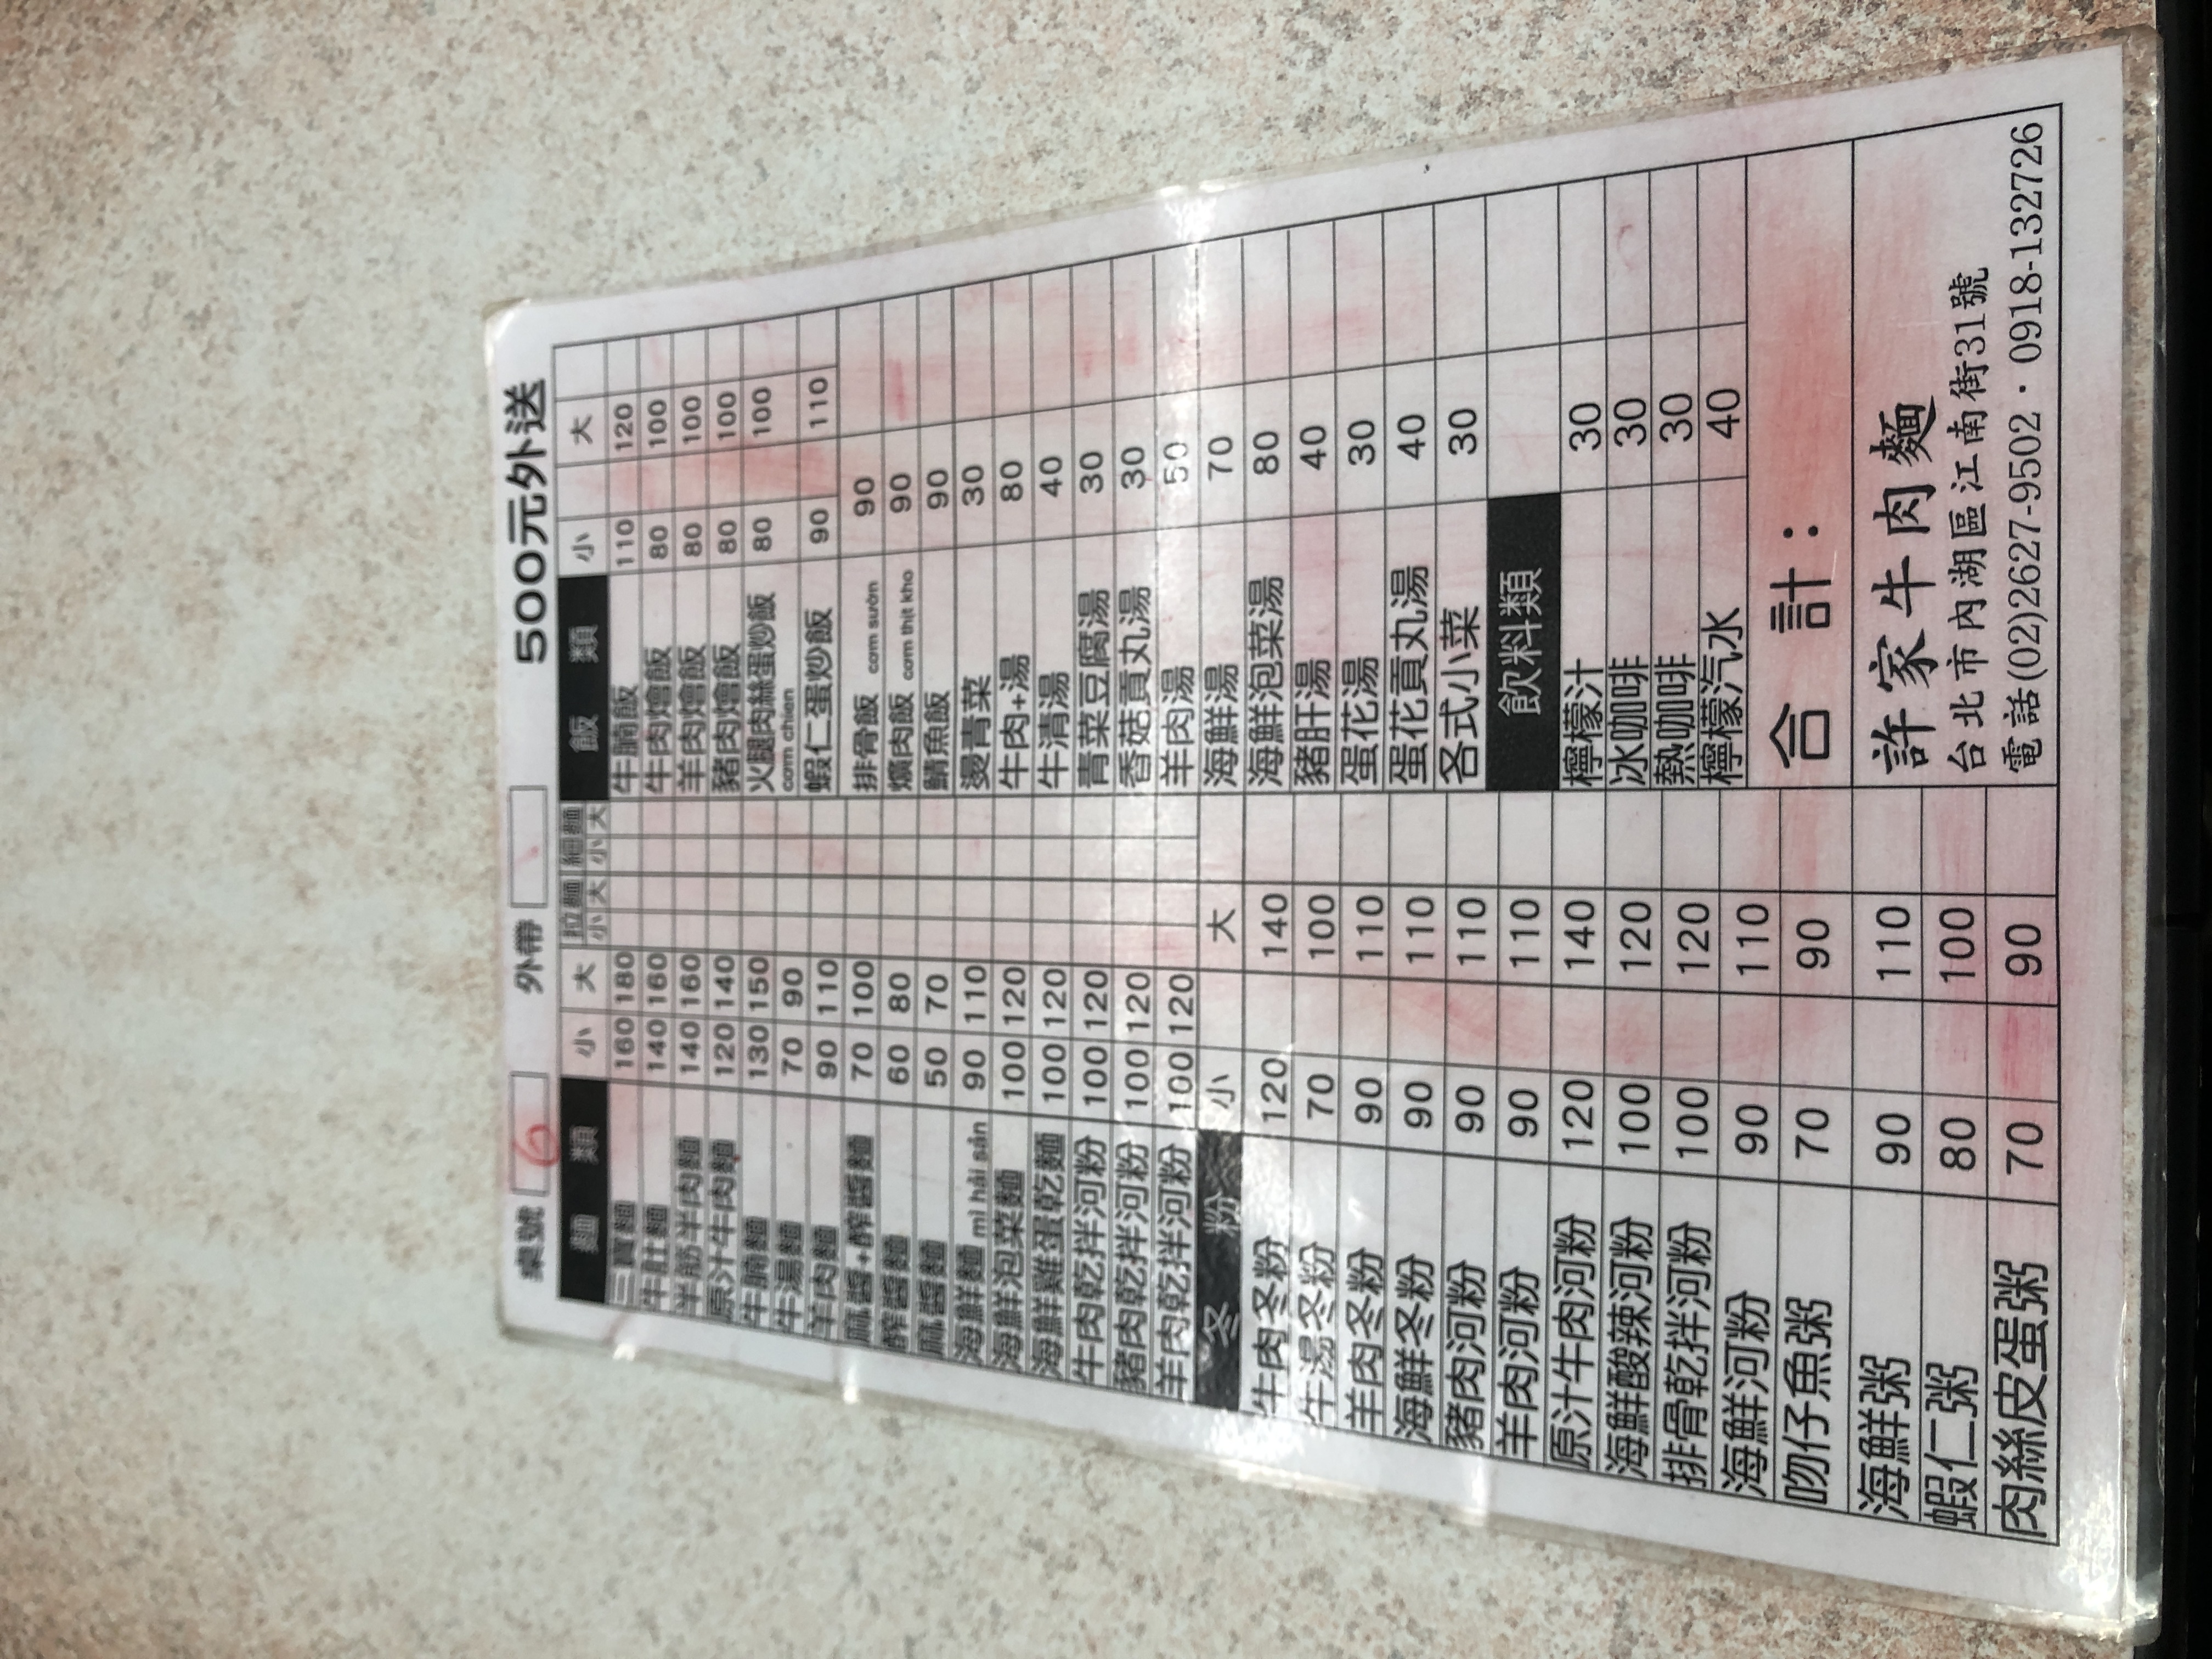
餐廳：許家牛肉麵
地址：台北市內湖區江南街31號
電話：(02)2627-9502, 0918-132726
菜單：
name: 三寶麵 (小)
price: 160
name: 三寶麵 (大)
price: 180
name: 牛肚麵 (小)
price: 140
name: 牛肚麵 (大)
price: 160
name: 牛筋麵 (小)
price: 140
name: 牛筋麵 (大)
price: 160
name: 原汁牛肉麵 (小)
price: 120
name: 原汁牛肉麵 (大)
price: 140
name: 牛腩麵 (小)
price: 130
name: 牛腩麵 (大)
price: 150
name: 牛湯麵 (小)
price: 70
name: 牛湯麵 (大)
price: 90
name: 牛肉麵 (小)
price: 70
name: 牛肉麵 (大)
price: 90
name: 羊肉麵 (小)
price: 70
name: 羊肉麵 (大)
price: 90
name: 麻醬麵 (小)
price: 60
name: 麻醬麵 (大)
price: 80
name: 麻醬+餛飩 (小)
price: 70
name: 麻醬+餛飩 (大)
price: 90
name: 炸醬麵 (小)
price: 50
name: 炸醬麵 (大)
price: 70
name: 排骨麵 (小)
price: 90
name: 排骨麵 (大)
price: 110
name: 海鮮麵 (小)
price: 100
name: 海鮮麵 (大)
price: 120
name: 海鮮泡菜麵 (小)
price: 100
name: 海鮮泡菜麵 (大)
price: 120
name: 海鮮雞蛋乾麵 (小)
price: 100
name: 海鮮雞蛋乾麵 (大)
price: 120
name: 牛肉乾拌河粉 (小)
price: 100
name: 牛肉乾拌河粉 (大)
price: 120
name: 豬肉乾拌河粉 (小)
price: 100
name: 豬肉乾拌河粉 (大)
price: 120
name: 羊肉乾拌河粉 (小)
price: 100
name: 羊肉乾拌河粉 (大)
price: 120
name: 牛肉冬粉 (小)
price: 70
name: 牛肉冬粉 (大)
price: 120
name: 牛湯冬粉 (小)
price: 70
name: 牛湯冬粉 (大)
price: 100
name: 羊肉冬粉 (小)
price: 90
name: 羊肉冬粉 (大)
price: 110
name: 海鮮冬粉 (小)
price: 90
name: 海鮮冬粉 (大)
price: 110
name: 豬肉河粉 (小)
price: 90
name: 豬肉河粉 (大)
price: 110
name: 羊肉河粉 (小)
price: 90
name: 羊肉河粉 (大)
price: 110
name: 原汁牛肉河粉 (小)
price: 110
name: 原汁牛肉河粉 (大)
price: 140
name: 海鮮酸辣河粉 (小)
price: 100
name: 海鮮酸辣河粉 (大)
price: 120
name: 牛腩飯 (小)
price: 100
name: 牛腩飯 (大)
price: 120
name: 牛肉燴飯 (小)
price: 80
name: 牛肉燴飯 (大)
price: 100
name: 羊肉燴飯 (小)
price: 80
name: 羊肉燴飯 (大)
price: 100
name: 豬肉燴飯 (小)
price: 80
name: 豬肉燴飯 (大)
price: 100
name: 火腿肉絲蛋炒飯 (小)
price: 90
name: 火腿肉絲蛋炒飯 (大)
price: 110
name: 蝦仁蛋炒飯 (小)
price: 90
name: 蝦仁蛋炒飯 (大)
price: 110
name: 排骨飯 (小)
price: 90
name: 排骨飯 (大)
price: 110
name: 滷肉飯 (小)
price: 30
name: 滷肉飯 (大)
price: 40
name: 魯蛋
price: 15
name: 白菜
price: 30
name: 貢丸湯
price: 30
name: 香菇貢丸湯
price: 30
name: 羊肉湯
price: 50
name: 海鮮湯
price: 70
name: 海鮮泡菜湯
price: 80
name: 豬肝湯
price: 40
name: 蛋花貢丸湯
price: 40
name: 各式小菜
price: 30
name: 檸檬汁
price: 30
name: 冰咖啡
price: 30
name: 熱咖啡
price: 30
name: 檸檬汽水
price: 30
name: 許家牛肉麵
price: 110
name: 牛腩麵
price: 100
name: 肉絲皮蛋粥
price: 90
name: 海鮮粥
price: 90
name: 吻仔魚粥
price: 80
name: 蝦仁粥
price: 80
name: 肉絲皮蛋粥
price: 70